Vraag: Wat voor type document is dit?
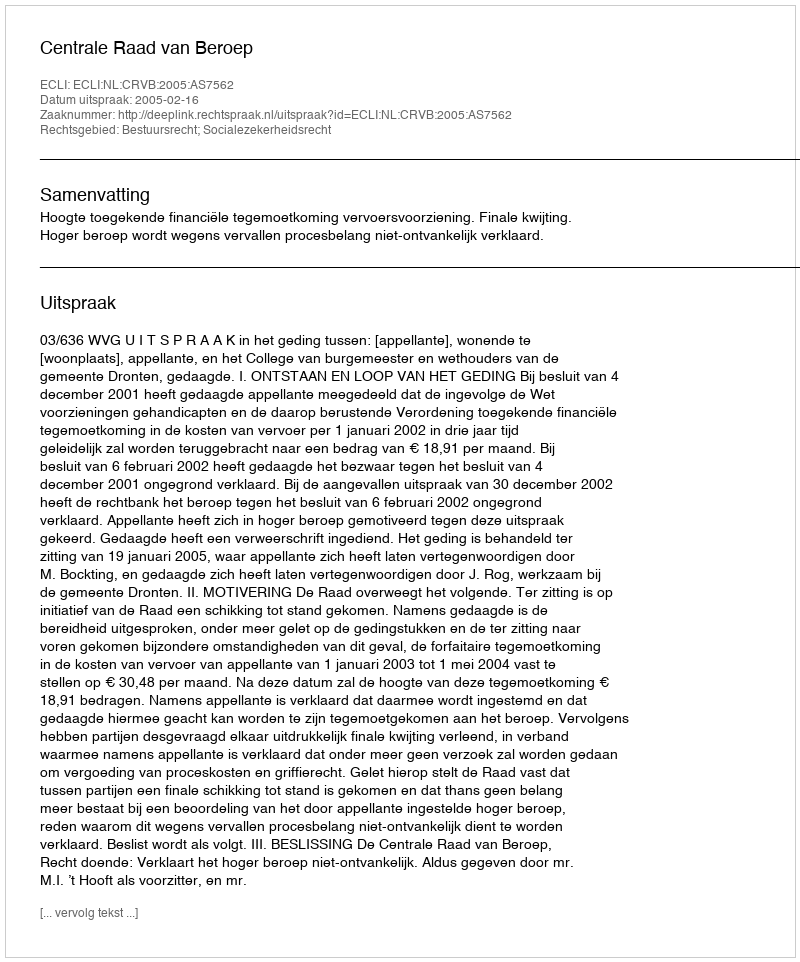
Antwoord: Uitspraak